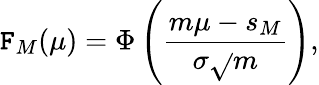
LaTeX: \mathtt{F}_{M}(\mu)=\Phi\left({\frac{{m\mu-s_{M}}}{{\sigma{\sqrt{}{{m}}}}}}\right),